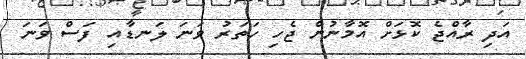
އަދި ރާއްޖެ ކޮޅަށް އޮމާނުން ޖެހި ހަތަރު ވަނަ ލަނޑާއި ފަސް ވަނަ